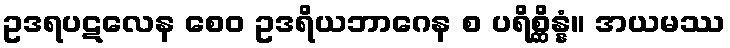
ဥဒရပဋလေန စေဝ ဥဒရိယဘာဂေန စ ပရိစ္ဆိန္နံ။ အယမဿ